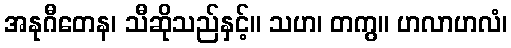
အနုဂီတေန၊ သီဆိုသည်နှင့်။ သဟ၊ တကွ။ ဟလာဟလံ၊